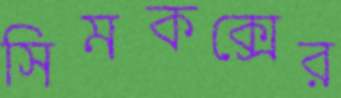
সিমকক্সের